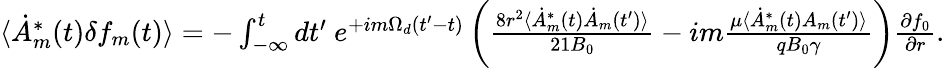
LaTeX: \begin{array}{r}{\langle\dot{A}_{m}^{*}(t)\delta f_{m}(t)\rangle=-\int_{-\infty}^{t}dt^{\prime}\ e^{+im\Omega_{d}(t^{\prime}-t)}\left(\frac{8r^{2}\langle\dot{A}_{m}^{*}(t)\dot{A}_{m}(t^{\prime})\rangle}{21B_{0}}-im\frac{\mu\langle\dot{A}_{m}^{*}(t)A_{m}(t^{\prime})\rangle}{qB_{0}\gamma}\right)\frac{\partial f_{0}}{\partial r}.}\end{array}